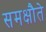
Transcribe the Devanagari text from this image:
समक्षौते